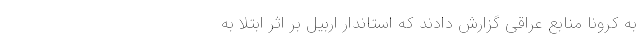
به کرونا منابع عراقی گزارش دادند که استاندار اربیل بر اثر ابتلا به